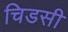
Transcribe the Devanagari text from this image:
चिडसी